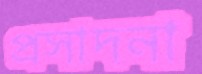
প্রসাদনা